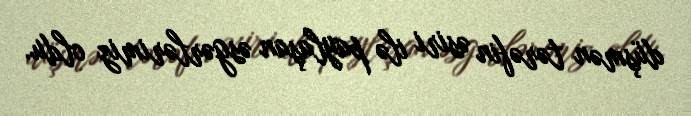
düşmən tərəfin əsiri ilə paylaşan əsgərlərimiz oldu.